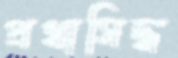
প্রথাসিদ্ধ